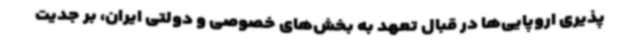
پذیری اروپایی‌ها در قبال تعهد به بخش‌های خصوصی و دولتی ایران، بر جدیت